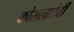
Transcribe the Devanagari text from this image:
कोसलादेवी